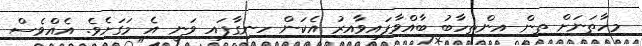
މިހާތަނަށް ތިން އިންތިހާބު ބާއްވާފައިވާއިރު އެކަން ހިނގާފައި ވަނީ އެ މަގަށެވެ. އެއްވެސް